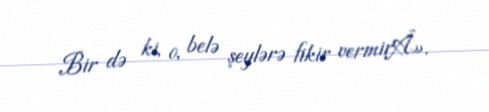
Bir də ki, o, belə şeylərə fikir vermirÂ».